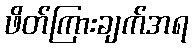
ဖိတ်ကြားချက်အရ